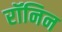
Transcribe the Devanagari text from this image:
रॉनिन